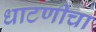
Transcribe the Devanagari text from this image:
धाटणीचा